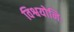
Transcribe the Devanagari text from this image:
विश्वयोनिः